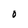
Character: O